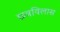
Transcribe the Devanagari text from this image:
छत्रविलास